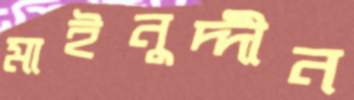
মাইনুদ্দীন